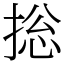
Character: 捴